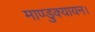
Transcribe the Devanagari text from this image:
माण्डुक्यायन।